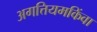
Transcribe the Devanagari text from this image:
अगत्तियमकिंवा